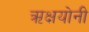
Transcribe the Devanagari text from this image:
ऋक्षयोनी